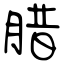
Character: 腊